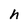
Character: h